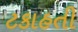
ટકાહતી